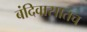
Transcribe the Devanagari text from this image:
बंदिवासातच